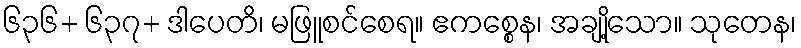
၆၃၆+ ၆၃၇+ ဒါပေတိ၊ မဖြူစင်စေရ။ ဧကစ္စေန၊ အချို့သော။ သုတေန၊